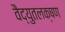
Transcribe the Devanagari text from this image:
वैद्युतलक्षण